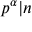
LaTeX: p ^ { \alpha } | n